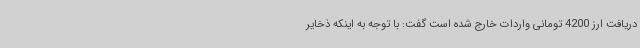
دریافت ارز 4200 تومانی واردات خارج شده است گفت: با توجه به اینکه ذخایر